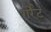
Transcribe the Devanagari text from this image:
गर्रेट